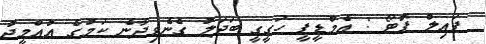
ފައިލް ފޮޓޯ : އެމްޑީޕީ ހަގީގީ ބަދަލު ގެނެވިދާނެ ކަމުގެ އުއްމީދު